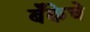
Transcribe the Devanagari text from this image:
बॅँकेचे